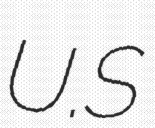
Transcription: U.S